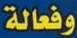
وفعالة